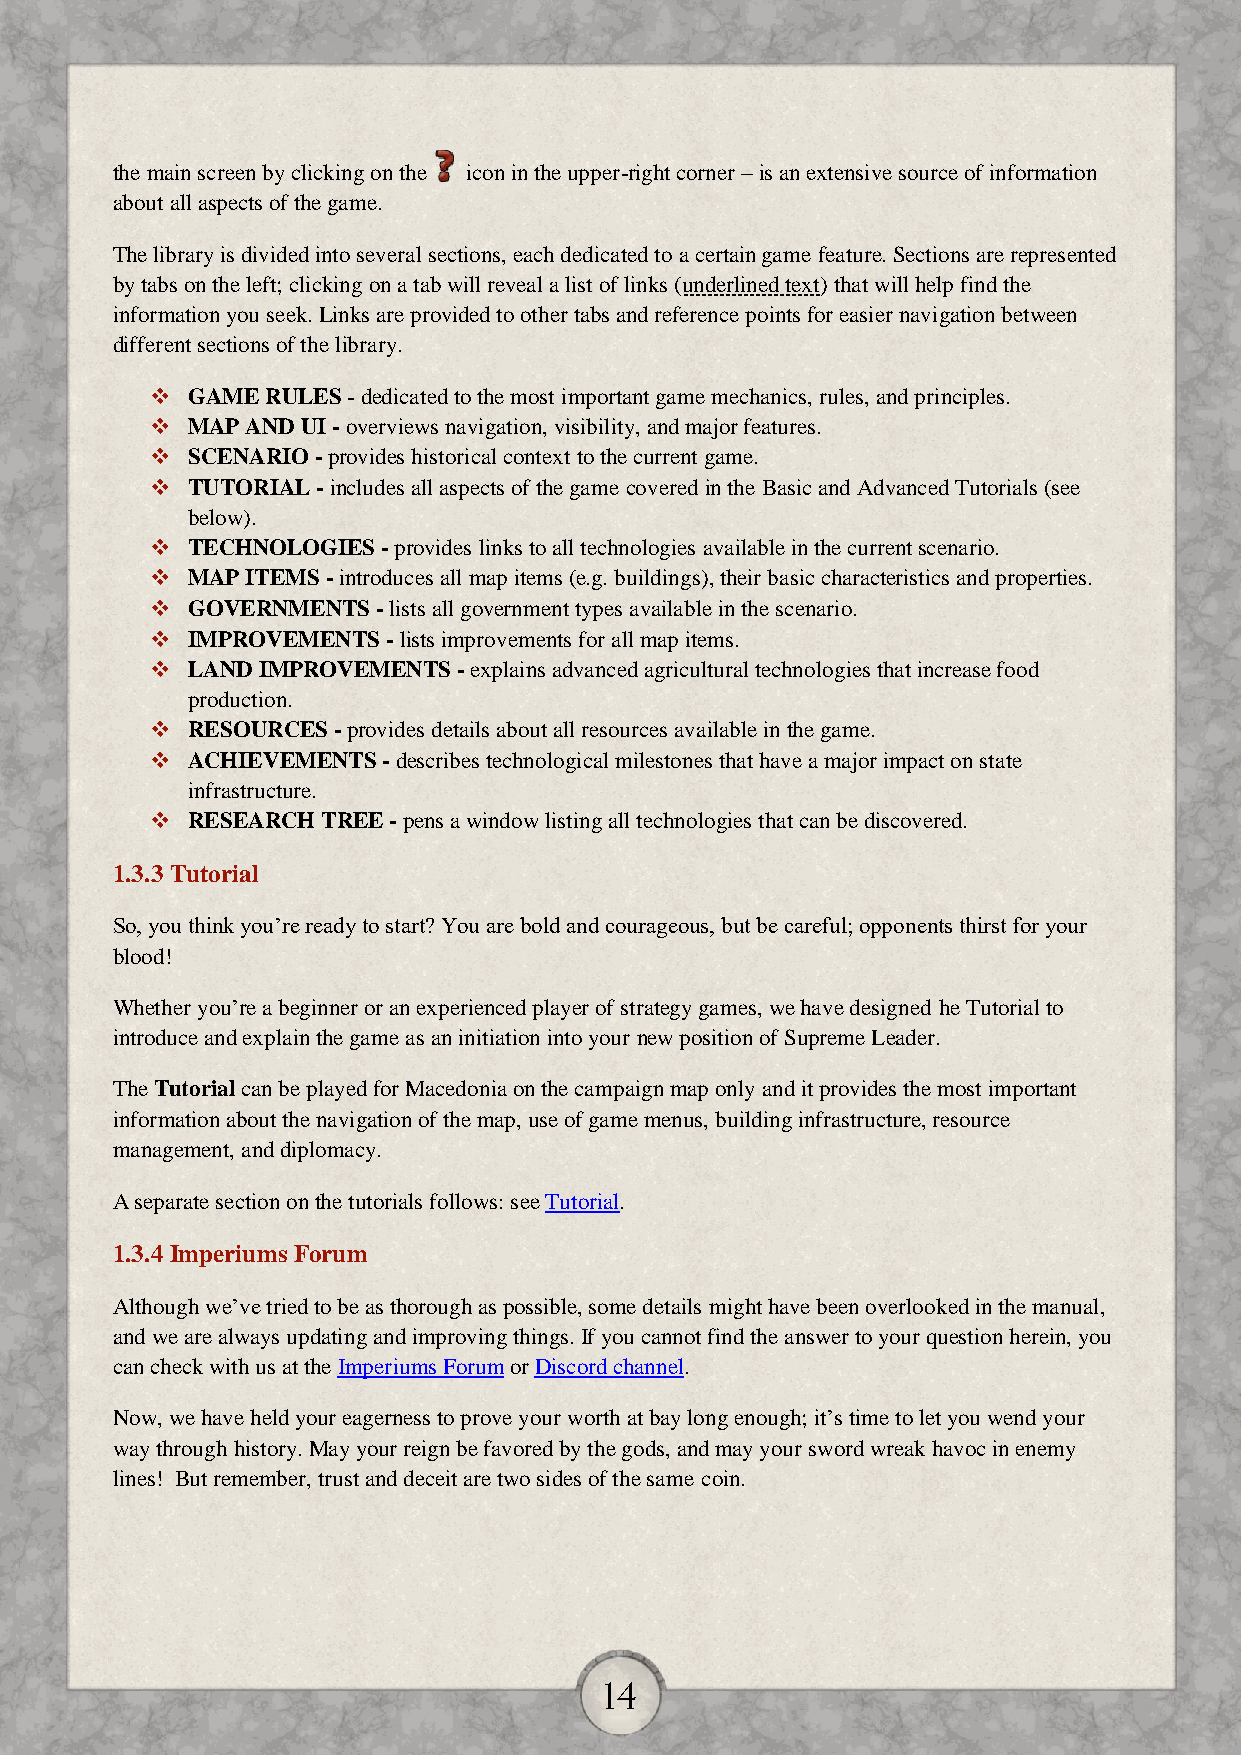
the main screen by clicking on the icon in the upper-right corner – is an extensive source of information
 about all aspects of the game.
 The library is divided into several sections, each dedicated to a certain game feature. Sections are represented
 by tabs on the left; clicking on a tab will reveal a list of links (underlined text) that will help find the
 information you seek. Links are provided to other tabs and reference points for easier navigation between
 different sections of the library.
  GAME  RULES - dedicated to the most important game mechanics, rules, and principles.
  MAP AND UI - overviews navigation, visibility, and major features.
  SCENARIO - provides historical context to the current game.
  TUTORIAL - includes all aspects of the game covered in the Basic and Advanced Tutorials (see
 below).
  TECHNOLOGIES - provides links to all technologies available in the current scenario.
  MAP ITEMS - introduces all map items (e.g. buildings), their basic characteristics and properties.
  GOVERNMENTS  - lists all government types available in the scenario.
  IMPROVEMENTS  - lists improvements for all map items.
  LAND IMPROVEMENTS - explains advanced agricultural technologies that increase food
 production.
  RESOURCES - provides details about all resources available in the game.
  ACHIEVEMENTS - describes technological milestones that have a major impact on state
 infrastructure.
  RESEARCH TREE - pens a window listing all technologies that can be discovered.
 1.3.3 Tutorial
 So, you think you’re ready to start? You are bold and courageous, but be careful; opponents thirst for your
 blood!
 Whether you’re a beginner or an experienced player of strategy games, we have designed he Tutorial to
 introduce and explain the game as an initiation into your new position of Supreme Leader.
 The Tutorial can be played for Macedonia on the campaign map only and it provides the most important
 information about the navigation of the map, use of game menus, building infrastructure, resource
 management, and diplomacy.
 A separate section on the tutorials follows: see Tutorial.
 1.3.4 Imperiums Forum
 Although we’ve tried to be as thorough as possible, some details might have been overlooked in the manual,
 and we are always updating and improving things. If you cannot find the answer to your question herein, you
 can check with us at the Imperiums Forum or Discord channel.
 Now, we have held your eagerness to prove your worth at bay long enough; it’s time to let you wend your
 way through history. May your reign be favored by the gods, and may your sword wreak havoc in enemy
 lines! But remember, trust and deceit are two sides of the same coin.
 14